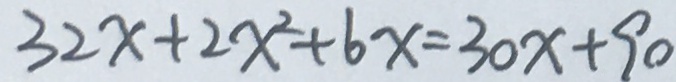
3 2 x + 2 x ^ { 2 } + 6 x = 3 0 x + 9 0